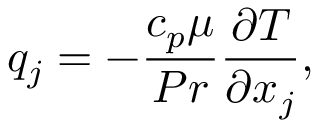
{ q _ { j } } = - \frac { { { c _ { p } } \mu } } { { P r } } \frac { { \partial T } } { { \partial { x _ { j } } } } ,